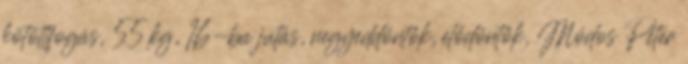
kötöttfogás, 55 kg, 16-ba jutás, negyeddöntők, elődöntők, Módos Péter